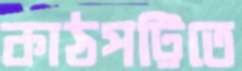
কাঠপট্টিতে